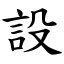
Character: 設